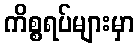
ကိစ္စရပ်များမှာ